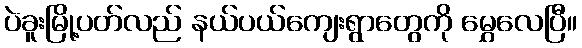
ပဲခူးမြို့ပတ်လည် နယ်ပယ်ကျေးရွာတွေကို မွှေလေပြီ။